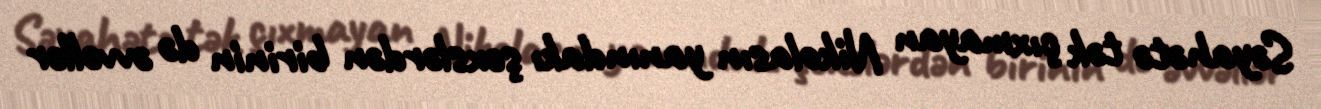
Səyahətə tək çıxmayan Nikolasın yanındakı şəxslərdən birinin də əvvəllər